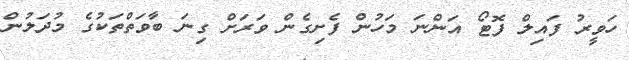
ހަވީރު ފައިލް ފޮޓޯ އަންނަ މަހުން ފެށިގެން ވަރަށް ގިނަ ބާވަތްތަކުގެ މުދަލުން